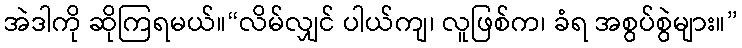
အဲဒါကို ဆိုကြရမယ်။“လိမ်လျှင် ပါယ်ကျ၊ လူဖြစ်က၊ ခံရ အစွပ်စွဲများ။”